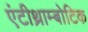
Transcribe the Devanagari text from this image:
एंटीथ्राम्बोटिक